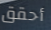
أحقق